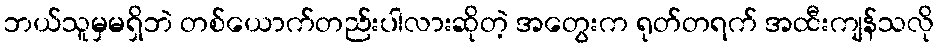
ဘယ်သူမှမရှိဘဲ တစ်ယောက်တည်းပါလားဆိုတဲ့ အတွေးက ရုတ်တရက် အထီးကျန်သလို